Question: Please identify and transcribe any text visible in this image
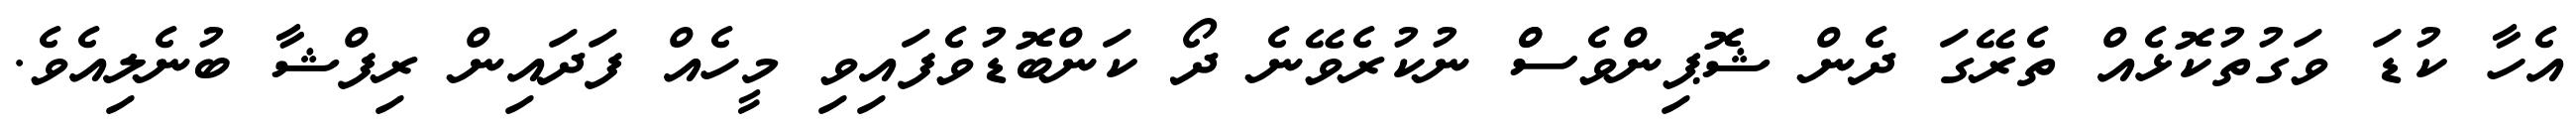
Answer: އެހާ ކުޑަ ވަގުތުކޮޅެއް ތެރޭގަ ދެން ޝޮޕިންވެސްް ނުކުރެވޭނެ ދޯ ކަންބޮޑުވެފައިވި މީހެއް ފަދައިން ރިފްޝާ ބުނެލިއެވެ.